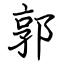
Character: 郭